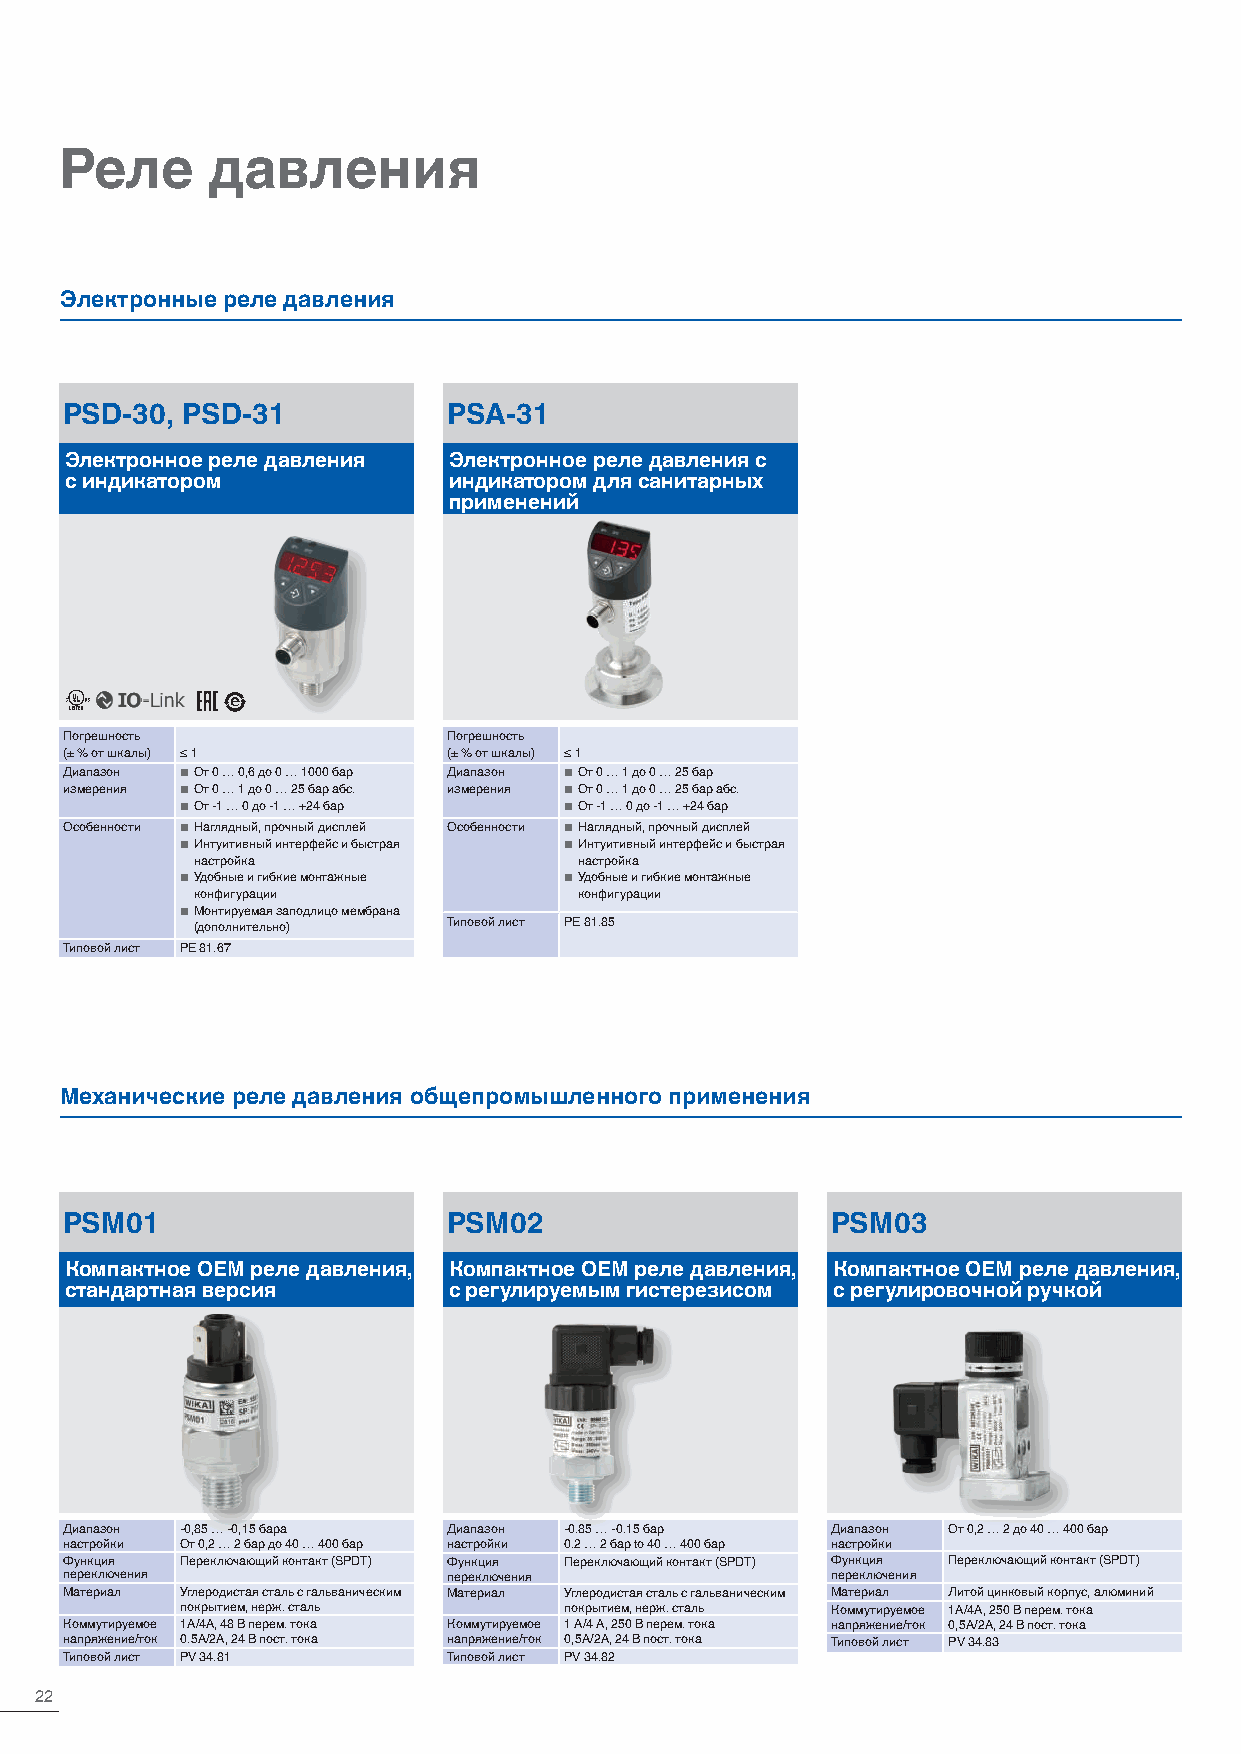
Реле      давления
 Электронные реле давления
 PSD-30, PSD-31            PSA-31
 Электронное реле давления Электронное реле давления с
 с индикатором             индикатором для санитарных
 применений
 Погрешность               Погрешность
 (± % от шкалы) ≤ 1        (± % от шкалы) ≤ 1
 Диапазон ■ От 0 … 0,6 до 0 … 1000 бар Диапазон ■ От 0 … 1 до 0 … 25 бар
 измерения ■ От 0 … 1 до 0 … 25 бар абс. измерения ■ От 0 … 1 до 0 … 25 бар абс.
 ■ От -1 … 0 до -1 … +24 бар ■ От -1 … 0 до -1 … +24 бар
 Особенности ■ Наглядный, прочный дисплей Особенности ■ Наглядный, прочный дисплей
 ■ Интуитивный интерфейс и быстрая ■ Интуитивный интерфейс и быстрая
 настройка                настройка
 ■ Удобные и гибкие монтажные ■ Удобные и гибкие монтажные
 конфигурации             конфигурации
 ■ Монтируемая заподлицо мембрана
 (дополнительно)  Типовой лист PE 81.85
 Типовой лист PE 81.67
 Механические реле давления общепромышленного применения
 PSM01                     PSM02                    PSM03
 Компактное OEM реле давления, Компактное OEM реле давления, Компактное OEM реле давления,
 стандартная версия        с регулируемым гистерезисом с регулировочной ручкой
 Диапазон -0,85 … -0,15 бара Диапазон -0.85 … -0.15 бар Диапазон От 0,2 … 2 до 40 … 400 бар
 настройки От 0,2 … 2 бар до 40 … 400 бар настройки 0.2 … 2 бар to 40 … 400 бар настройки
 Функция Переключающий контакт (SPDT) Функция Переключающий контакт (SPDT) Функция Переключающий контакт (SPDT)
 переключения              переключения             переключения
 Материал Углеродистая сталь с гальваническим Материал Углеродистая сталь с гальваническим Материал Литой цинковый корпус, алюминий
 покрытием, нерж. сталь   покрытием, нерж. сталь Коммутируемое 1A/4A, 250 В перем. тока
 Коммутируемое 1A/4A, 48 В перем. тока Коммутируемое 1 A/4 A, 250 В перем. тока напряжение/ток 0,5A/2A, 24 В пост. тока
 напряжение/ток 0.5A/2A, 24 В пост. тока напряжение/ток 0,5A/2A, 24 В пост. тока Типовой лист PV 34.83
 Типовой лист PV 34.81     Типовой лист PV 34.82
 22